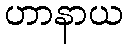
ဟာနာယ